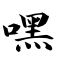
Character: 嘿